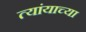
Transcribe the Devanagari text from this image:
त्यांयाच्या